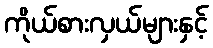
ကိုယ်စားလှယ်များနှင့်